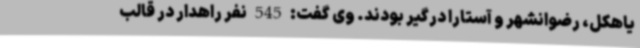
یاهکل، رضوانشهر و آستارا درگیر بودند. وی گفت: 545 نفر راهدار در قالب